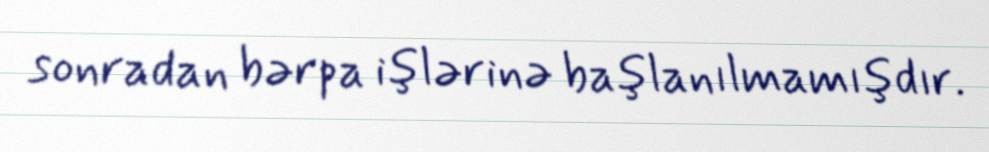
sonradan bərpa işlərinə başlanılmamışdır.